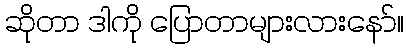
ဆိုတာ ဒါကို ပြောတာများလားနော်။